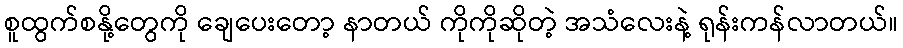
စူထွက်စနို့တွေကို ချေပေးတော့ နာတယ် ကိုကိုဆိုတဲ့ အသံလေးနဲ့ ရုန်းကန်လာတယ်။